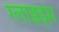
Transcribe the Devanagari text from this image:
ग्लाइड्स